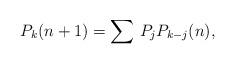
LaTeX: \begin{align*}P_{k}(n+1)=\sum\,P_{j}P_{k-j}(n), \end{align*}